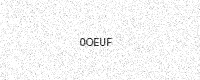
Text: 0OEUF